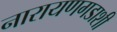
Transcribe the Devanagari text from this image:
नारायणगडाशी